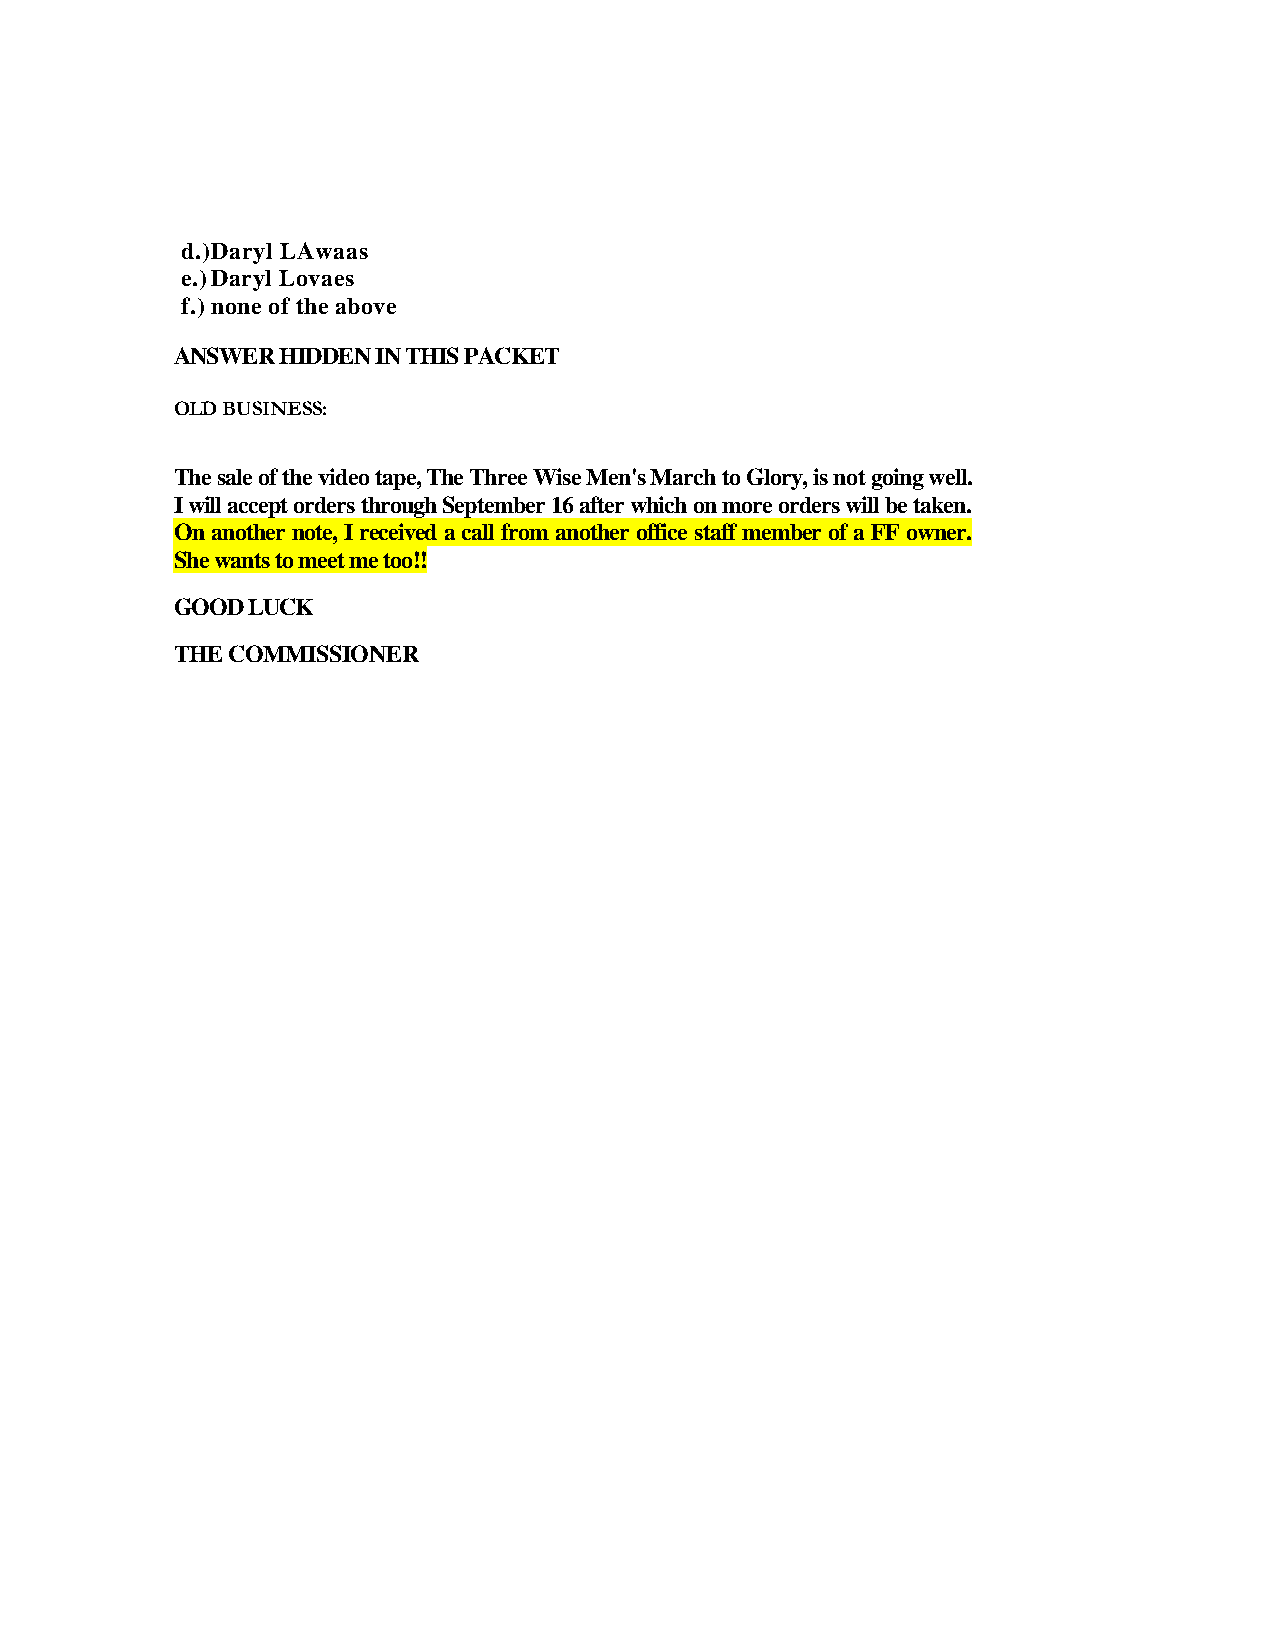
d.) Daryl LAwaas
 e.) Daryl Lovaes
 f.) none of the above
 ANSWER HIDDEN IN THIS PACKET
 OLD BUSINESS:
 The sale of the video tape, The Three Wise Men's March to Glory, is not going well.
 I will accept orders through September 16 after which on more orders will be taken.
 On another note, I received a call from another office staff member of a FF owner.
 She wants to meet me too!!
 GOOD LUCK
 THE COMMISSIONER